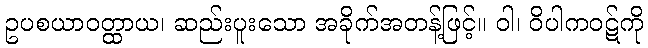
ဥပစယာဝတ္ထာယ၊ ဆည်းပူးသော အခိုက်အတန့်ဖြင့်။ ဝါ၊ ဝိပါကဝဋ်ကို